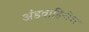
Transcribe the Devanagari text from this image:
अंडवाहिनीवर